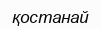
қостанай